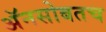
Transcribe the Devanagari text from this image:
अॅनसोबतच